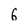
Character: 6